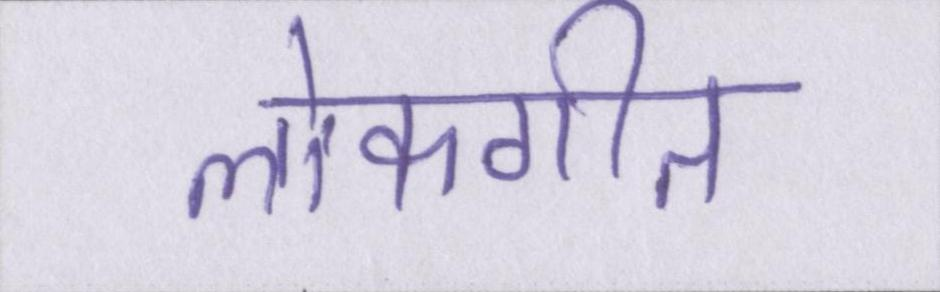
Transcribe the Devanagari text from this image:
लोकगीत